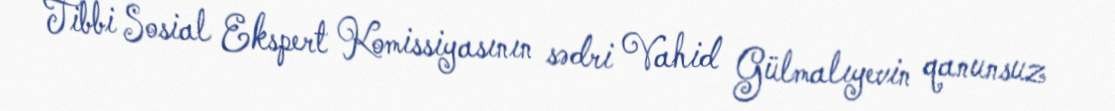
Tibbi Sosial Ekspert Komissiyasının sədri Vahid Gülmalıyevin qanunsuz